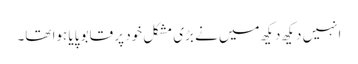
انہیں دیکھ دیکھ میں نے بڑی مشکل خود پر قابو پایا ہوا تھا۔